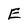
Character: E